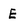
Character: E